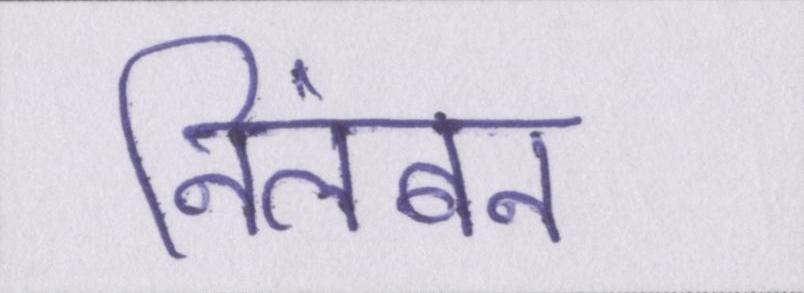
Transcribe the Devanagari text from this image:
निलंबन